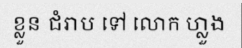
ខ្លួន ជំរាប ទៅ លោក ហ្លួង